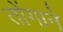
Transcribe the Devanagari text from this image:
तोंगाने